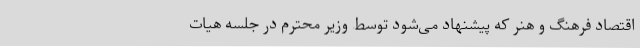
اقتصاد فرهنگ و هنر که پیشنهاد می‌شود توسط وزیر محترم در جلسه هیات